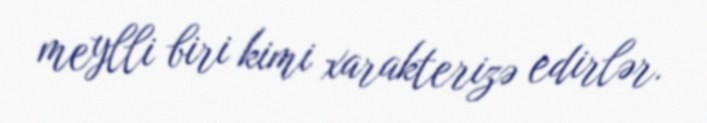
meylli biri kimi xarakterizə edirlər.